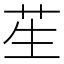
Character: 苼